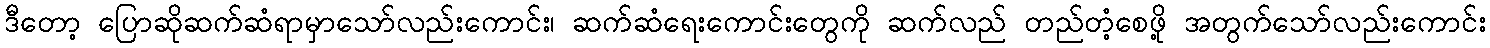
ဒီတော့ ပြောဆိုဆက်ဆံရာမှာသော်လည်းကောင်း၊ ဆက်ဆံရေးကောင်းတွေကို ဆက်လည် တည်တံ့စေဖို့ အတွက်သော်လည်းကောင်း